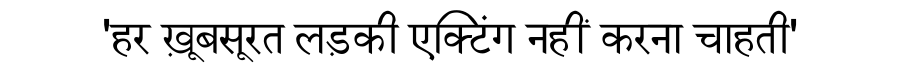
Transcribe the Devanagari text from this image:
'हर ख़ूबसूरत लड़की एक्टिंग नहीं करना चाहती'